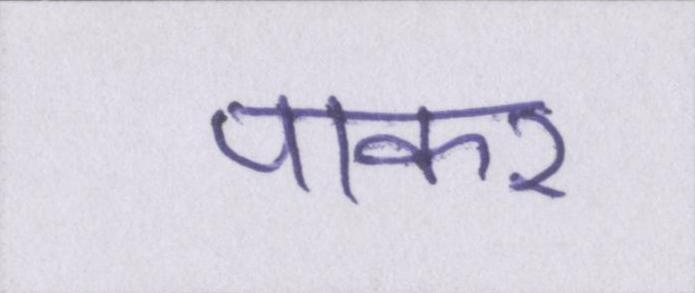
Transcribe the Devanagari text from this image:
पाकर